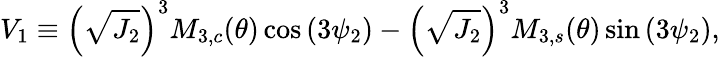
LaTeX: V_{1}\equiv\left(\sqrt{J_{2}}\right)^{3}M_{3,c}(\theta)\cos{\left(3\psi_{2}\right)}-\left(\sqrt{J_{2}}\right)^{3}M_{3,s}(\theta)\sin{\left(3\psi_{2}\right)},